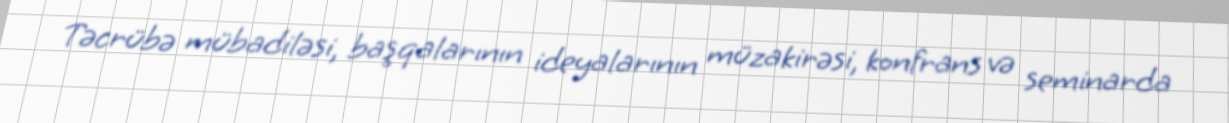
Təcrübə mübadiləsi, başqalarının ideyalarının müzakirəsi, konfrans və seminarda